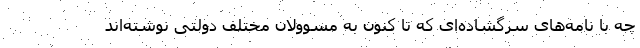
چه با نامه‌های سرگشاده‌ای که تا کنون به مسوولان مختلف دولتی نوشته‌اند